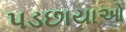
પડછાયાઓ